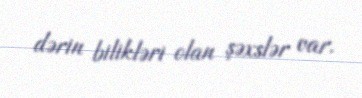
dərin bilikləri olan şəxslər var.